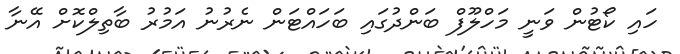
ހައި ކޯޓުން ވަނީ މަހްލޫފް ބަންދުގައި ބަހައްޓަން ނެރުނު އަމުރު ބާތިލްކޮށް އޭނާ